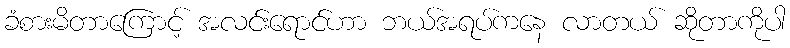
ခံစားမိတာကြောင့် အလင်းရောင်ဟာ ဘယ်အရပ်ကနေ လာတယ် ဆိုတာကိုပါ